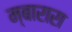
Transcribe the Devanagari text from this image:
म्बारारा